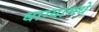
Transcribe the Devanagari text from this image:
धाग्यामधे